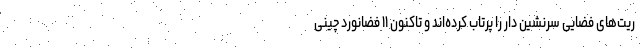
ریت‌های فضایی سرنشین دار را پرتاب کرده‌اند و تاکنون ۱۱ فضانورد چینی